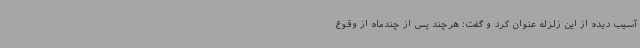
آسیب دیده از این زلزله عنوان کرد و گفت: هرچند پس از چندماه از وقوع